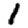
Digit: 1